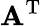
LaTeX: \mathbf{A}^{\mathrm{{T}}}